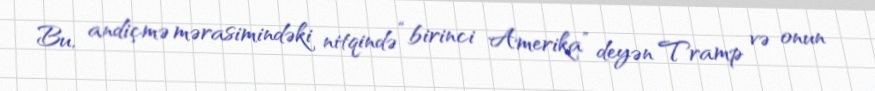
Bu, andiçmə mərasimindəki nitqində “birinci Amerika” deyən Tramp və onun